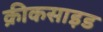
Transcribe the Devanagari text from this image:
क्रीकसाइड